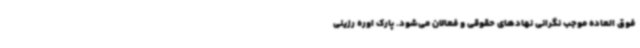
فوق العاده موجب نگرانی نهادهای حقوقی و فعالان می‌شود. پارک اوره رزینی